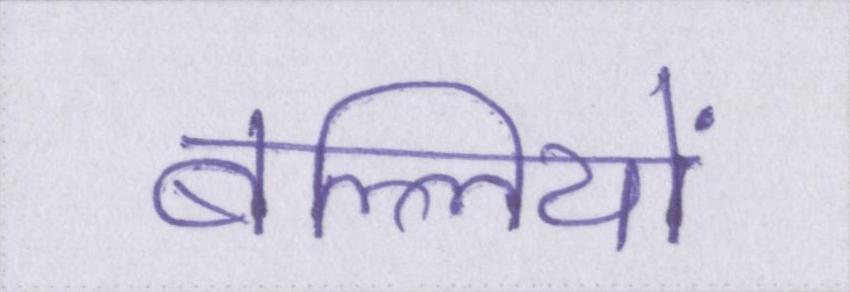
बल्लियों